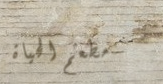
مطعم الحياة